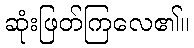
ဆုံးဖြတ်ကြလေ၏။